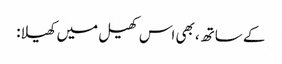
کے ساتھ، بھی اس کھیل میں کھیلا: